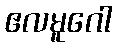
ဧလမူဂေါ